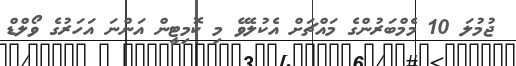
ޖުމުލަ 10 މެމްބަރުންގެ މައްޗަށް އެކުލެވޭ މި ކޮމިޓީން އަންނަ އަހަރުގެ ވޯލްޑް